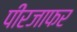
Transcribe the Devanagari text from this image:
पीरजाफर